Insane asylums in Bengal annual reports 1867-1875 - 1867-1875
Year: 1867
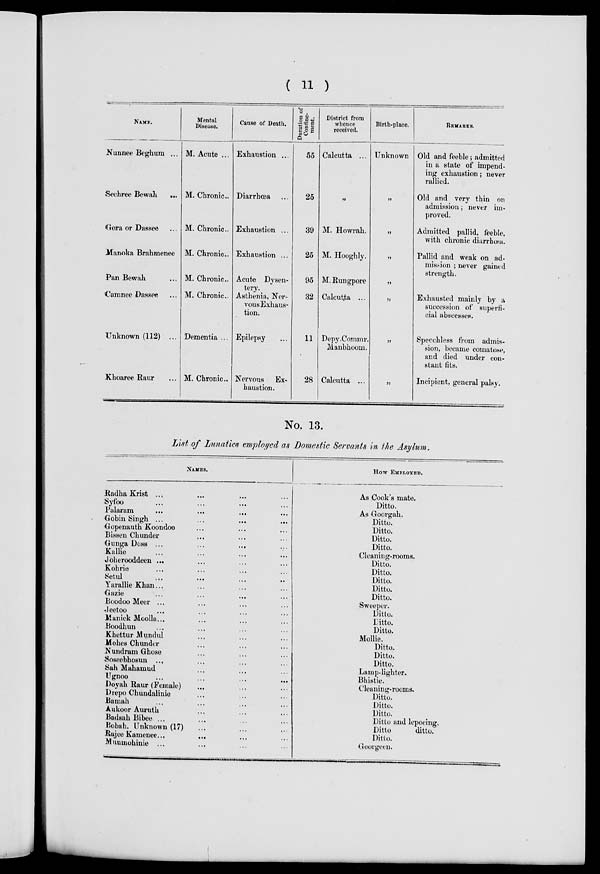
( 11 )
NAME.
Nunnee Beghum ...
Sechree Bewah
...
Gora or Dassee ...
Manoka Brahmenee
Pan Bewah ...
Camnee Dassee ...
Unknown (112) ...
Khoaree Raur ...
Mental
Disease.
M. Acute ...
M. Chronic.
M. Chronic..
M. Chronic..
M. Chronic..
M. Chronic..
Dementia ...
M. Chronic ...
Cause of Death.
Exhaustion ...
Diarrhœa ...
Exhaustion ...
Exhaustion ...
Acute Dysen-
tery.
Asthenia, Ner-
vous Exhaus-
tion.
Epilepsy
Nervous Ex-
haustion.
Duration of
Confine-
ment.
55
25
39
25
95
32
11
28
District from
whence
received.
Calcutta ...
„
M. Howrah.
M. Hooghly.
M. Rungpore
Calcutta ...
Depy Commr.
Manbhoom.
Calcutta ...
Birth-place.
Unknown
„
„
„
„
„
„
„
REMARKS.
Old and feeble; admitted
in a state of impend-
ing exhaustion; never
rallied.
Old and very thin on
admission; never im-
proved.
Admitted pallid, feeble,
with chronic diarrhœa.
Pallid and weak on ad-
mission ; never gained
strength.
Exhausted mainly by a
succession of superfi-
cial abscesses.
Speechless from admis-
sion, became comatose,
and died under con-
stant fits.
Incipient, general palsy.
No. 13.
List of Lunatics employed as Domestic Servants in the Asylum.
NAMES.
Radha Krist ... ...
Syfoo ... ...
Palaram
...
...
...
Gobin Singh ... ... ...
Gopenauth Koondoo ... ...
Bissen Chunder ... ...
Gunga Doss ... ...
Kallie ... ... ...
Joherooddeen ... ...
Kohrie ... ... ...
Setul ... ... ... ...
Yarallie Khan...
Gazie ... ... ...
Boodoo Meer ... ... ...
Jeetoo ... ... ...
Manick Moolla... ... ...
Boodhun ... ... ...
Khettur Mundul ... ... ...
Mohes Chunder ... ... ...
Nundram Ghose ... ... ...
Soseebhosun ... ... ...
Sah Mahamud ... ... ...
Ugnoo ... ... ...
Doyah Raur (Female) ... ...
Drepo Chundalinie ... ... ...
Bamah ... ... ...
Aukoor Auruth ... ... ...
Badsah Bibee ... ... ... ...
Bobah, Unknown (17) ... ...
Rajee Kamenee... ... ... ...
Munmohinie ... ... ... ...
HOW EMPLOYED
As Cook's mate.
Ditto.
As Goorgah.
Ditto.
Ditto.
Ditto.
Ditto.
Cleaning-rooms.
Ditto.
Ditto.
Ditto.
Ditto.
Ditto.
Sweeper.
Ditto.
Ditto.
Ditto.
Mollie.
Ditto.
Ditto.
Ditto.
Lamp-lighter.
Bhistie.
Cleaning-rooms.
Ditto.
Ditto.
Ditto.
Ditto and lepoeing.
Ditto
ditto.
Ditto.
Goorgeen.